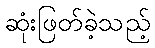
ဆုံးဖြတ်ခဲ့သည့်